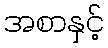
အစာနှင့်